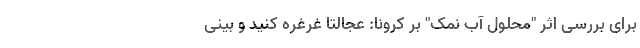
برای بررسی اثر "محلول آب نمک" بر کرونا: عجالتاً غرغره کنید و بینی